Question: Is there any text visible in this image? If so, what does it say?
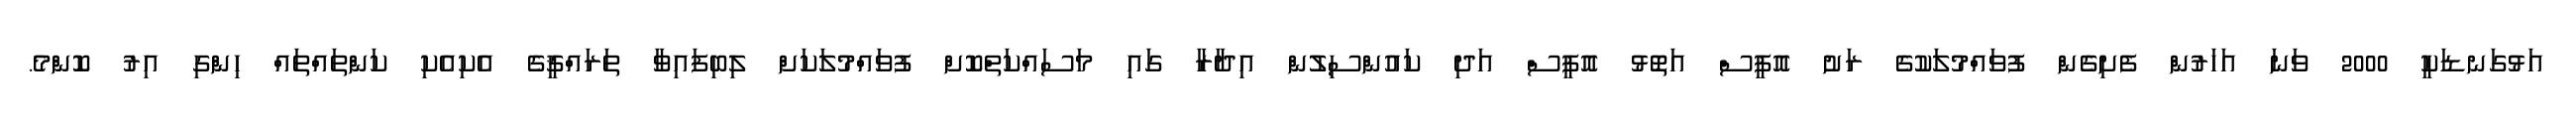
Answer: އަޅުގަނޑަކީ 2000 ވަނަ އަހަރުން ފެށިގެން ފުވައްމުލަކުގެ ރަށު އޮފީސް އަތޮޅު އޮފީސް އަދި ކައުންސިލުން އިދާރާ ގައި މަސައްކަތްކޮށް ފުވައްމުލަކަށް ލިބިފައިވާ ތަރައްޤީގެ އެކިއެކި ކަންތައްތައް ހިންގި އިރު ކޮންމެ.